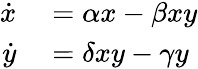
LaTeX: \begin{array}{rl}{\dot{x}}&{{}=\alpha x-\beta xy}\\ {\dot{y}}&{{}=\delta xy-\gamma y}\end{array}